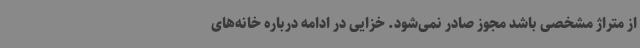
از متراژ مشخصی باشد مجوز صادر نمی‌شود. خزایی در ادامه درباره خانه‌های